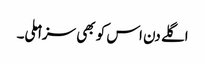
اگلے دن اس کو بھی سزا ملی۔